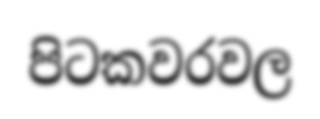
පිටකවරවල